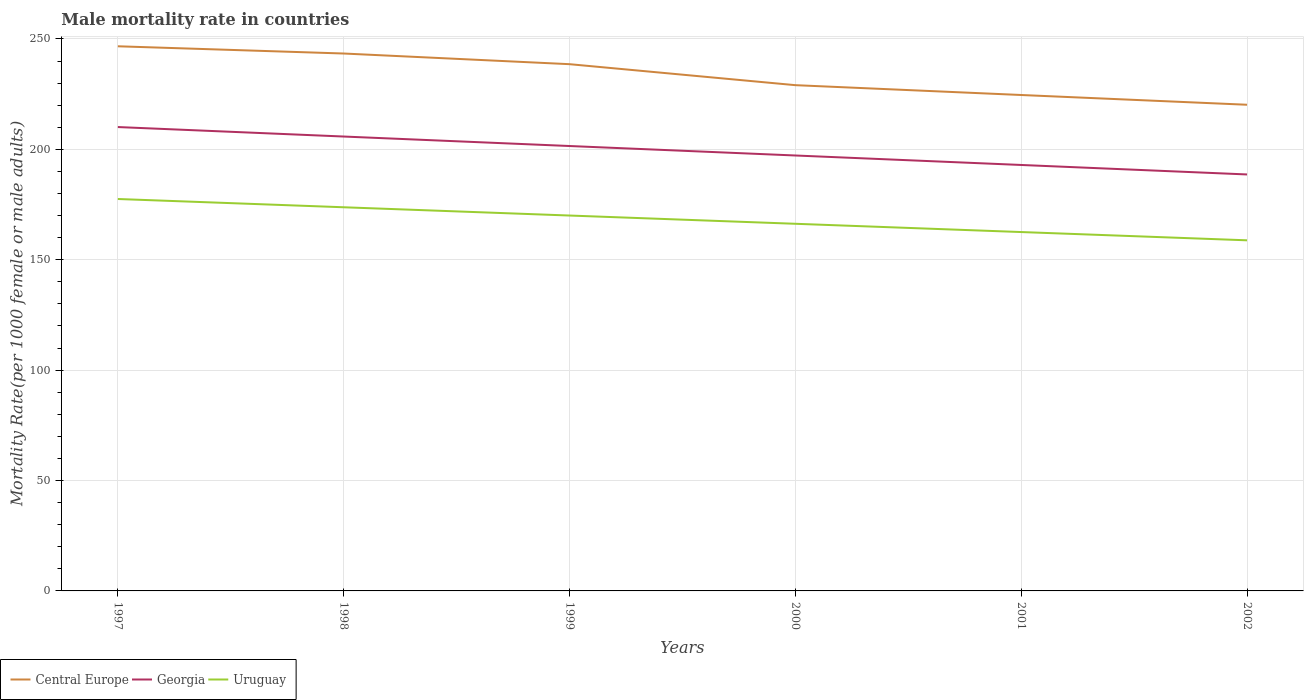
| Years | Central Europe | Georgia | Uruguay |
 | --- | --- | --- | --- |
 | 1997 | 247 | 210 | 178 |
 | 1998 | 243 | 206 | 174 |
 | 1999 | 239 | 202 | 170 |
 | 2000 | 229 | 197 | 166 |
 | 2001 | 225 | 193 | 163 |
 | 2002 | 220 | 189 | 159 |